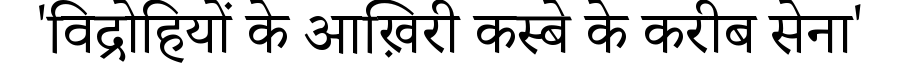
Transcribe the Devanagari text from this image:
'विद्रोहियों के आख़िरी कस्बे के करीब सेना'